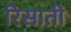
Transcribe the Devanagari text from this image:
रिसाती